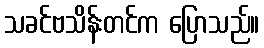
သခင်ဗသိန်းတင်က ပြောသည်။